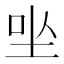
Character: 㘴